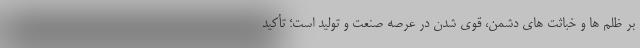
بر ظلم ها و خباثت های دشمن، قوی شدن در عرصه صنعت و تولید است؛ تأکید